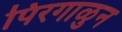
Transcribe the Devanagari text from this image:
पिरगाळुन